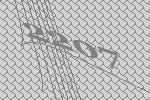
2207